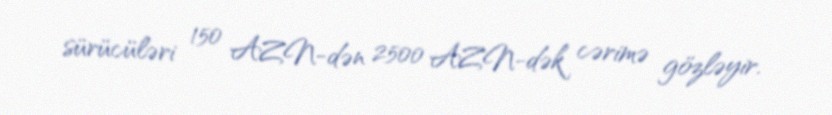
sürücüləri 150 AZN-dən 2500 AZN-dək cərimə gözləyir.